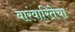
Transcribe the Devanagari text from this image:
वारंवारितेचा